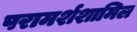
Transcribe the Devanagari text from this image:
परामर्शशामिल